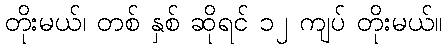
တိုးမယ်၊ တစ် နှစ် ဆိုရင် ၁၂ ကျပ် တိုးမယ်။